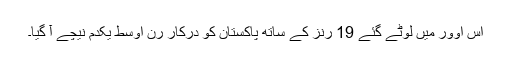
اس اوور میں لوٹے گئے 19 رنز کے ساتھ پاکستان کو درکار رن اوسط یکدم نیچے آ گیا۔